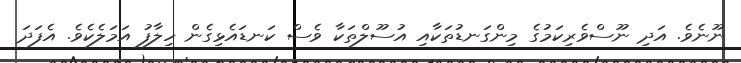
ނޫނެވެ. އަދި ނޫސްވެރިކަމުގެ މިންގަނޑުތަކާއި އުސޫލްތަކާ ވެސް ކަނޑައެޅިގެން ހިލާފު އަމަލެކެވެ. އެފަދަ